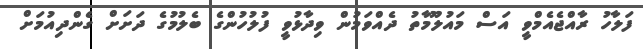
ފަލާހު ރާއްޖެއެމްވީ އަސް މައުލޫމާތު ދެއްވަމުން ވިދާޅުވީ ފުލުހުންގެ ބެލުމުގެ ދަށަށް ގެންދިއުމަށް